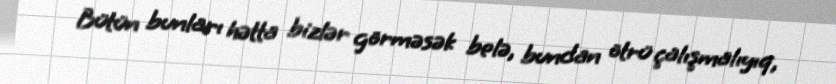
Bütün bunları hətta bizlər görməsək belə, bundan ötrü çalışmalıyıq,